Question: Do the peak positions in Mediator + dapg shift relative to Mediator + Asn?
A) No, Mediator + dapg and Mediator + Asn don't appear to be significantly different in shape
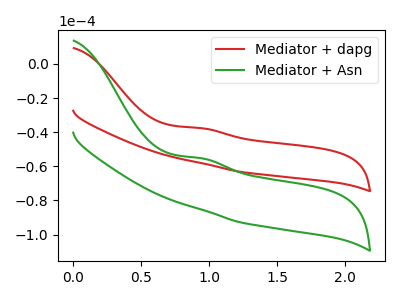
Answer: <think>The red curve "Mediator + dapg" has an anodic peak at: (0.95V, -37.70uA). The green curve "Mediator + Asn" has an anodic peak at: (0.95V, -55.35uA).
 All the peaks in "Mediator + dapg" have a peak in "Mediator + Asn" at the same potential. Every peak in "Mediator + dapg" is higher than every peak in "Mediator + Asn".</think>
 <answer>A) No, "Mediator + dapg" and "Mediator + Asn" don't appear to be significantly different in shape</answer>
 <eval>A</eval>